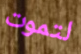
لتموت